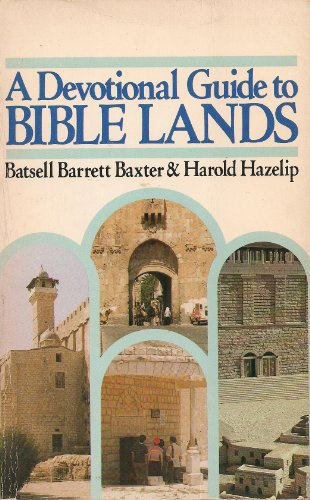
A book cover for A devotional guide to Bible lands; Batsell Barrett Baxter; Travel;